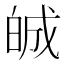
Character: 𤽷